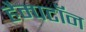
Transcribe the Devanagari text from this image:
हैम्पटॉन